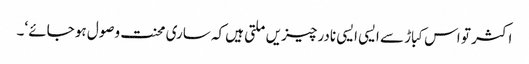
اکثر تو اس کباڑ سے ایسی ایسی نادر چیزیں ملتی ہیں کہ ساری محنت وصول ہو جائے ‘۔